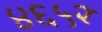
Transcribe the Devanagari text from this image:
४६५२